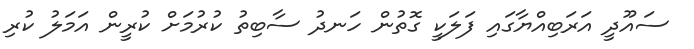
ސައޫދީ އަރަބިއްޔާގައި ފަލަކީ ގޮތުން ހަނދު ސާބިތު ކުރުމަށް ކުރީން އަމަލު ކުރި